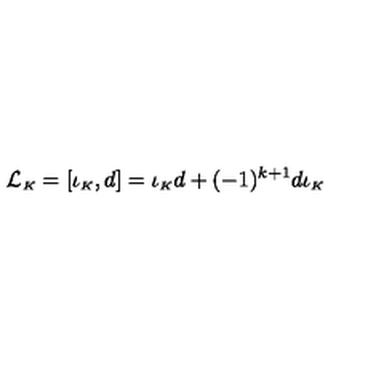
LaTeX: { \cal L } _ { \scriptscriptstyle K } = [ \iota _ { \scriptscriptstyle K } , d ] = \iota _ { \scriptscriptstyle K } d + ( - 1 ) ^ { k + 1 } d \iota _ { \scriptscriptstyle K }